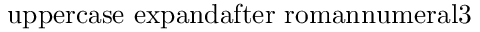
\mathrm { { \ u p p e r c a s e \ e x p a n d a f t e r { \ r o m a n n u m e r a l 3 } } }